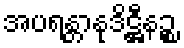
အပရန္တာနုဒိဋ္ဌီနဉ္စ